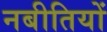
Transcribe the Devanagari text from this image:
नबीतियों